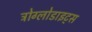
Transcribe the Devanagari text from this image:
ट्रोग्लोडाइट्स